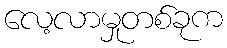
လေ့လာမှုတစ်ခုက